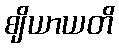
ဈိယာယတိ